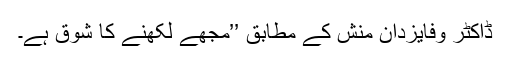
ڈاکٹر وفایزدان منش کے مطابق ’’مجھے لکھنے کا شوق ہے۔